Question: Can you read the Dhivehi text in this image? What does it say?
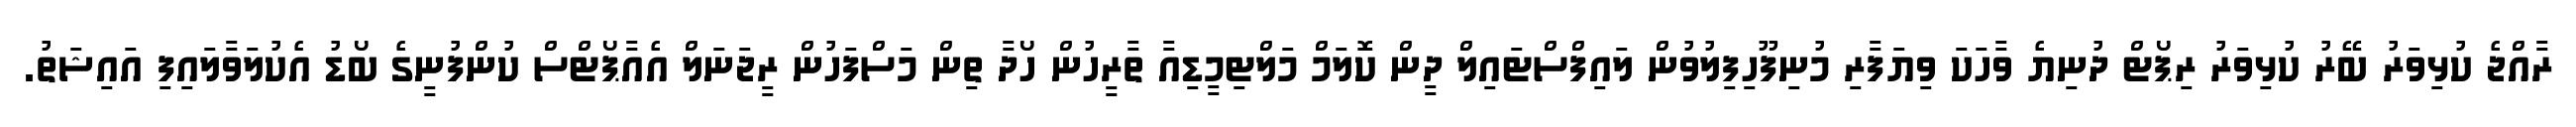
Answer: ރާއްޖެ ކުޅިވަރު ބޭރު ކުޅިވަރު ރިޕޯޓް ދުނިޔެ ވާހަކަ ވިޔަފާރި މުނިފޫހިފިލުވުން ލައިފްސްޓައިލް ދީން ކޮލަމް މަލްޓިމީޑިއާ ތާރީހުން ހޯދާ ތިން މަސްފަހުން ރީޖަނަލް އެއާޕޯޓްސް ކުންފުނީގެ ބޯޑު އެކުލަވާލައިފި އައިޝަތު.